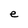
Character: e